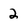
Character: 2